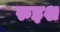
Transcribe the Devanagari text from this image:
रुइश